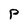
Character: P